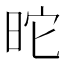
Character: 𣅸